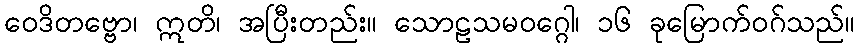
ဝေဒိတဗ္ဗော၊ ဣတိ၊ အပြီးတည်း။ သောဠသမဝဂ္ဂေါ၊ ၁၆ ခုမြောက်ဝဂ်သည်။